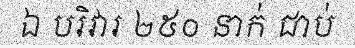
ឯ បរិវារ ២៥០ នាក់ ជាប់